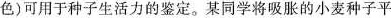
色)可用于种子生活力的鉴定。某同学将吸胀的小麦种子平